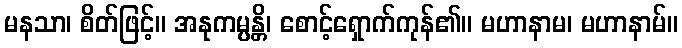
မနသာ၊ စိတ်ဖြင့်။ အနုကမ္ပန္တိ၊ စောင့်ရှောက်ကုန်၏။ မဟာနာမ၊ မဟာနာမ်။